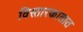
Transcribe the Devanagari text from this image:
विस्तारकालात